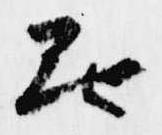
無